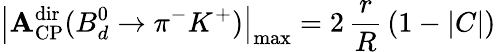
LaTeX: \left|{\cal\mathbf{A}}_{\mathrm{{CP}}}^{\mathrm{{dir}}}(B_{d}^{0}\to\pi^{-}K^{+})\right|_{\mathrm{{max}}}=2\, \frac{{r}}{{R}}\, \left(1-|C|\right)